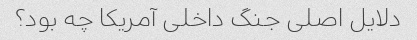
دلایل اصلی جنگ داخلی آمریکا چه بود؟